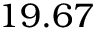
1 9 . 6 7